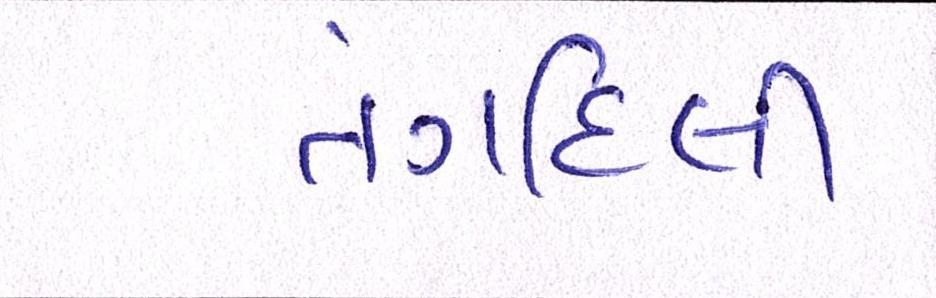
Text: તંગદિલી